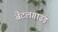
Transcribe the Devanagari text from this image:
बैटलग्राउंड